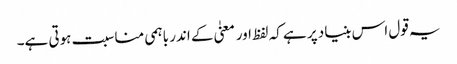
یہ قول اس بنیاد پر ہے کہ لفظ اور معنیٰ کے اندر باہمی مناسبت ہوتی ہے۔